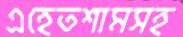
এহেতশামসহ